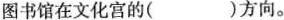
图书馆在文化宫的( )方向。